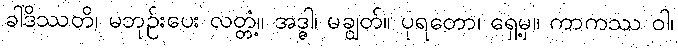
ခါဒိဿတိ၊ မဘုဉ်းပေး လတ္တံ့။ အဒ္ဓါ၊ မချွတ်။ ပုရတော၊ ရှေ့မှ။ ကာကဿ ဝါ၊